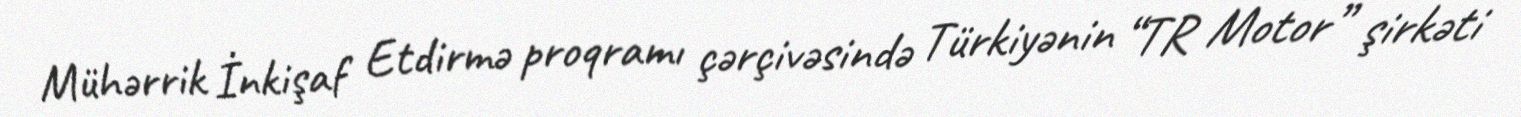
Mühərrik İnkişaf Etdirmə proqramı çərçivəsində Türkiyənin “TR Motor” şirkəti